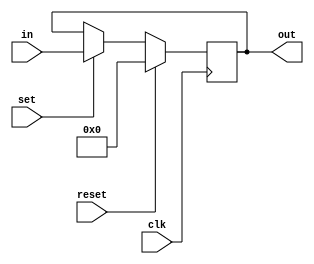
//SR latch
//on clk posedge, if set is enabled, out <= in;
//				, if reset is enabled, out <= 0;
// 				, if set == reset, out <= out;


module sr_latch(in, out, clk, set, reset);
	parameter WIDTH = 8;

	
	//data lines
	input [WIDTH-1:0] in;
	output reg [WIDTH-1:0] out;

	//control signals
	input clk, set, reset;

	initial begin 
		out = 0;
	end

	always @(posedge clk) begin
		if(reset == 1'b1) out <= 0;
		else if(set == 1'b1) out <= in;
		else out <= out;
	end // always @(posedge clk)

endmodule